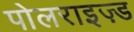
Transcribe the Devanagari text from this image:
पोलराइज़्ड